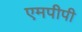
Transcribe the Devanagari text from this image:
एमपीपी